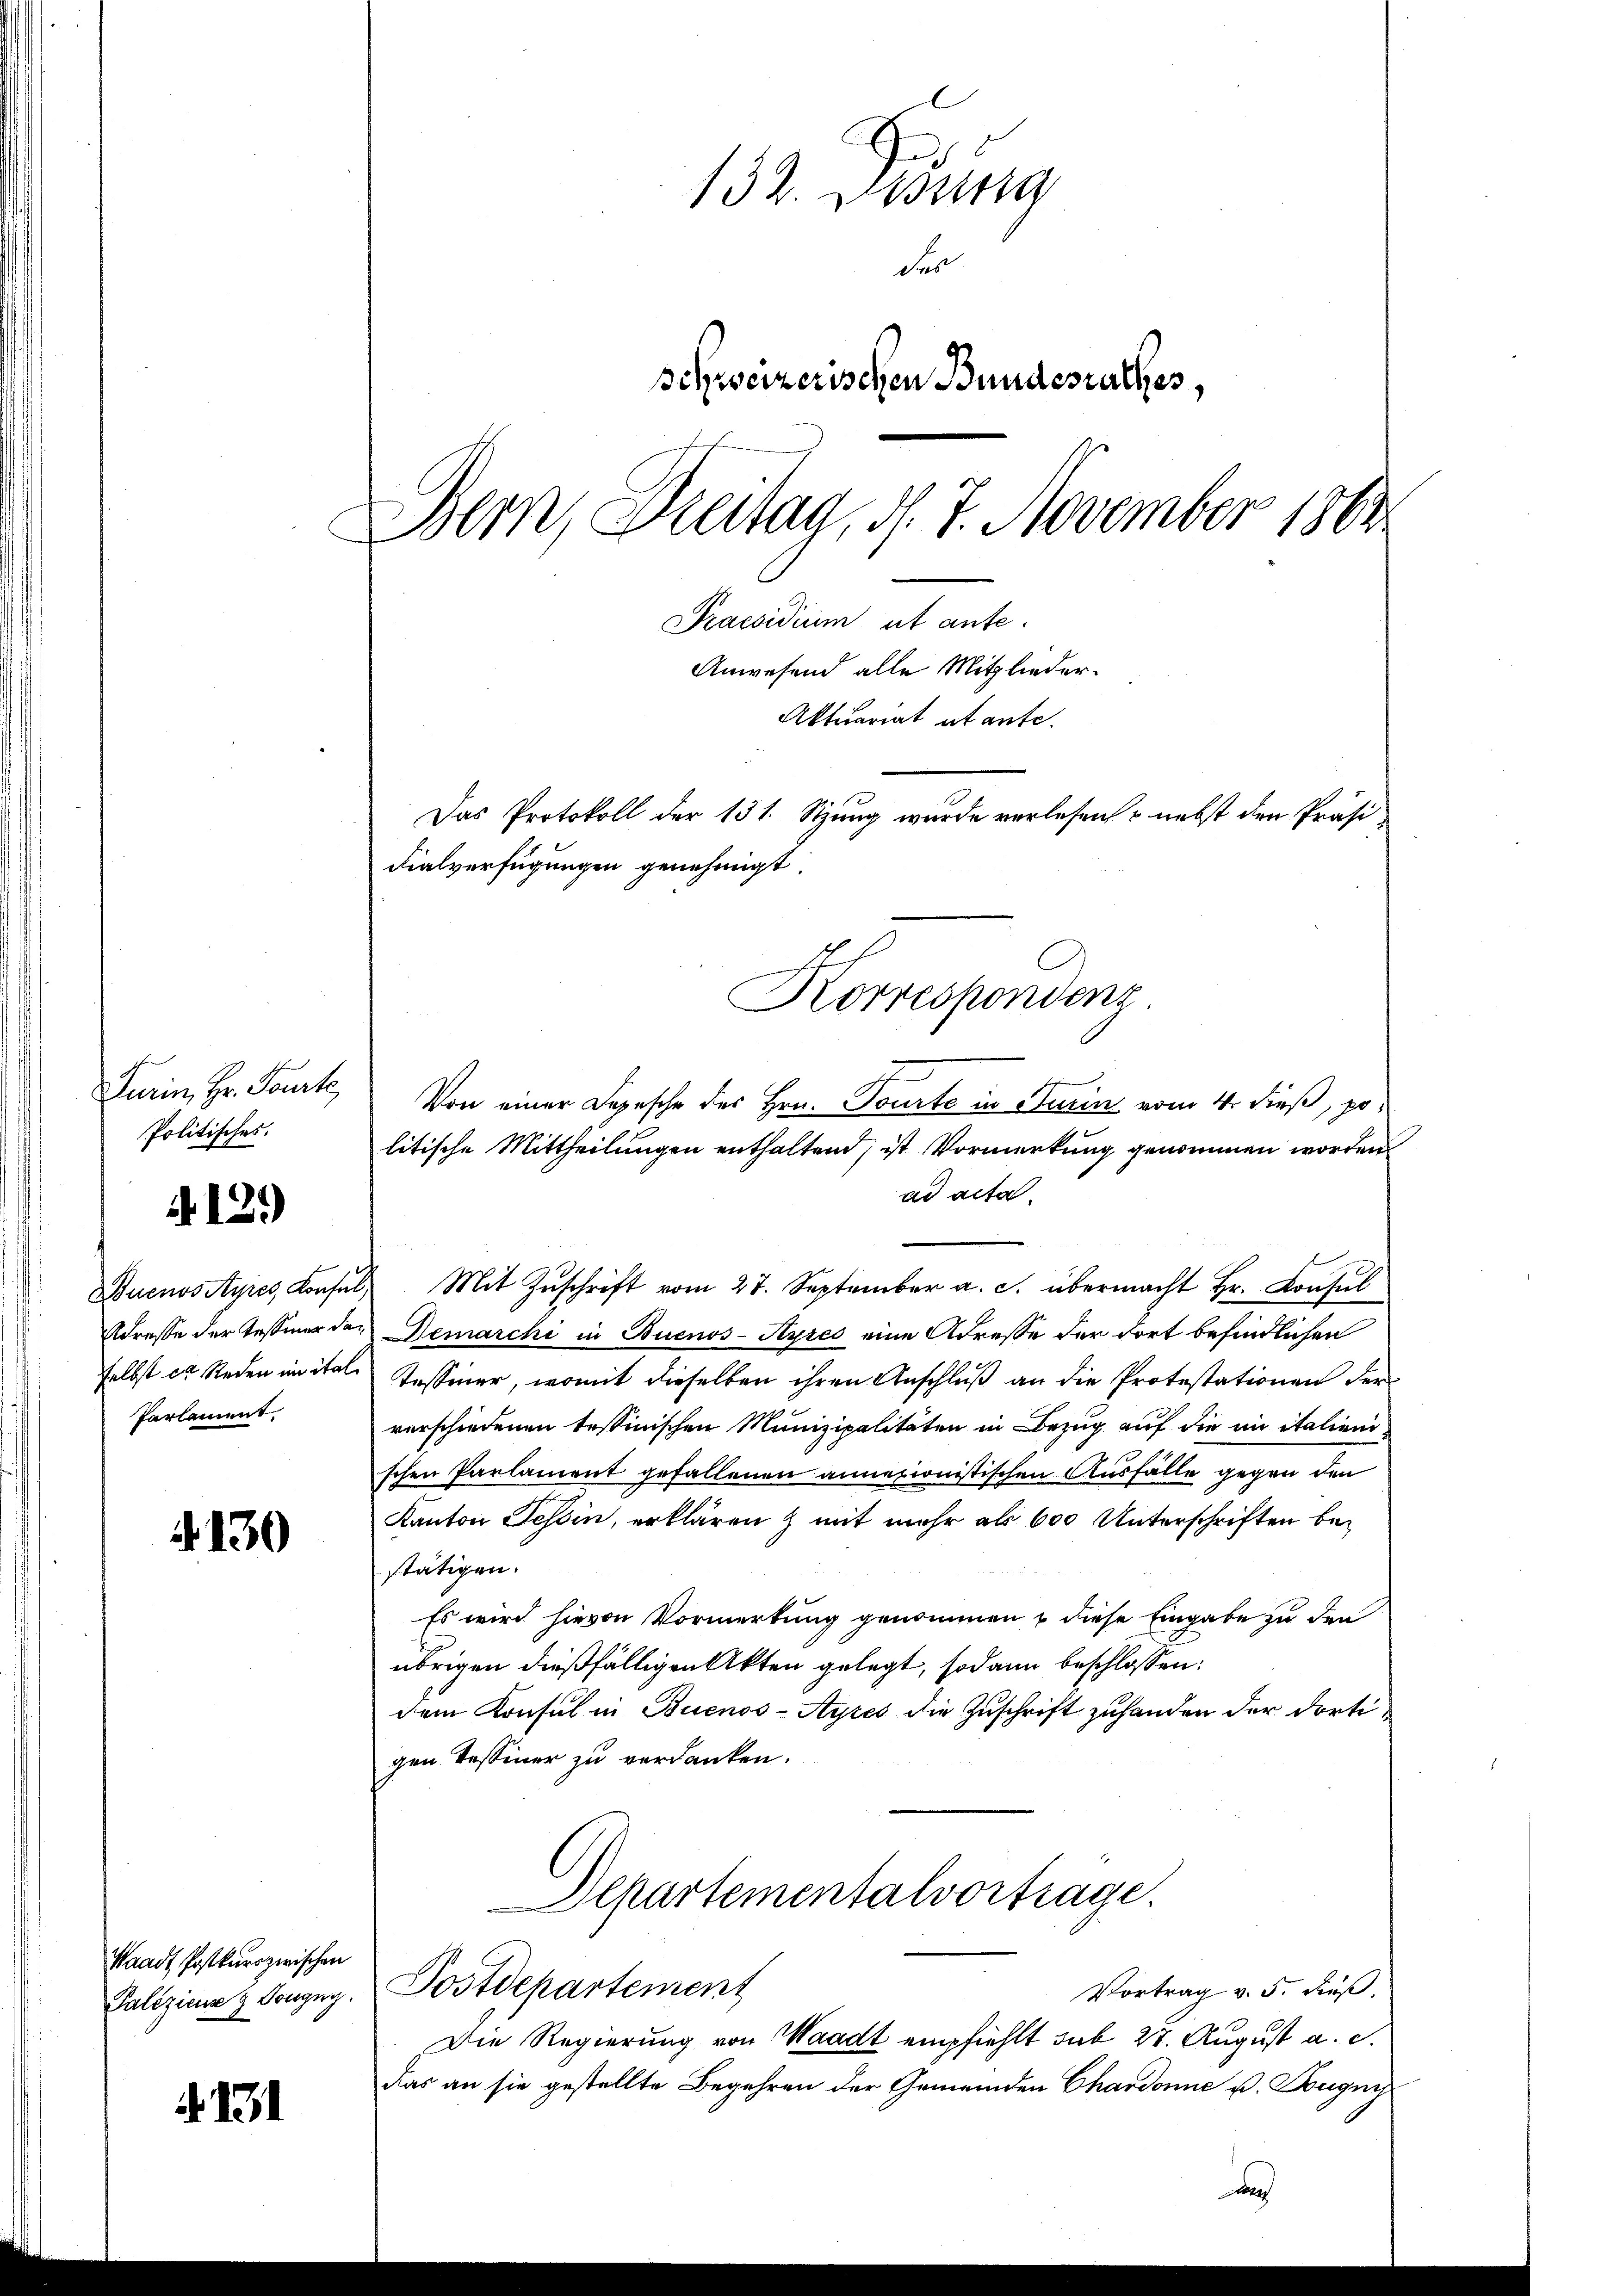
Furin, Hr. Toute,
Politisches.
Buenos Ayres, Konfe
Adresse der Tessiner daselbst es Reden in ital
Parlament.

129

130

Waadt Postkurs zwischen
Paliziens z Tongny.

.13

132. Disung
den
schweizerischen Bundesrathes,
Bern, Breitag, d. 7. November 1861
Praesidium ut ante.
Anwesend alle Mitglieder
Aktuariat utante.
Das Protokoll der 131. Sizung wurde verlesen & nebst den Präsi¬
Fialverfügungen genehmigt.

Von einer Depesche des Hrn. Tourte in Turin vom 4. dieß, po
litische Mittheilungen enthaltend, ist Vormerkung genommen worden.
ad acta.
Mit Zuschrift vom 27. September a. c. übermacht Hr. Consul
Demarchi in Buenos-Ayres eine Adresse der dort befindlichen
Tessiner, womit dieselben ihren Anschluß an die Protestationen der
verschiedenen Tessinischen Munizipalitäten in Bezug auf die in italieni
schen Parlament gefallenen annexionistischen Ausfalle gegen den
Kanton Tessin, erklären & mit mehr als 600 Unterschriften bestätigen.
Es wird hievon Vormerkung genommen & diese Eingabe zu den
übrigen dießfälligen Akten gelegt, sodann beschlossen:
dem Konsul in Buenos-Ayres die Zuschrift zuhanden der dortigen Tessiner zu verdanken.
Departementalvortrage.
Postdepartement
Vortrag v. 5. dieß.
Die Regierung von Waadt empfiehlt sub 27. August a. c.
Das an sie gestellte Begehren der Gemeinden Chardonne u. Bougnis
t

Korrespondenz